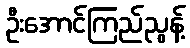
ဦးအောင်ကြည်ညွန့်